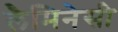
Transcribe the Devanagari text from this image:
लैमिनेसी